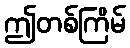
ဤတစ်ကြိမ်